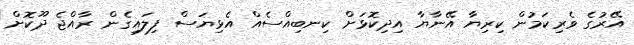
އޭރުގެ ވެރިކަމުން ކިރިޔާ އޭނާޔާ އިދިކޮޅަށް ކިނބިއްސެއް އެޅިޔަސް ފިލައިގެން ރާއްޖެ ދޫކޮށް